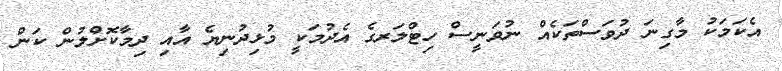
އެކަމަކު މާގިނަ ދުވަސްތަކެއް ނުވަނީސް ހިޓްލަރގެ އެދުމަކީ މުޅިދުނިޔެ އާއި ދިމާކޮށްލުން ކަން